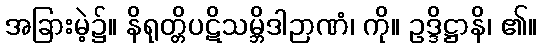
အခြားမဲ့၌။ နိရုတ္တိပဋိသမ္ဘိဒါဉာဏံ၊ ကို။ ဥဒ္ဒိဋ္ဌာနိ၊ ၏။